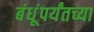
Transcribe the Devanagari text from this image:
बंधूंपर्यंतच्या